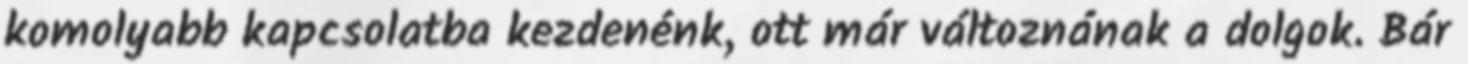
komolyabb kapcsolatba kezdenénk, ott már változnának a dolgok. Bár